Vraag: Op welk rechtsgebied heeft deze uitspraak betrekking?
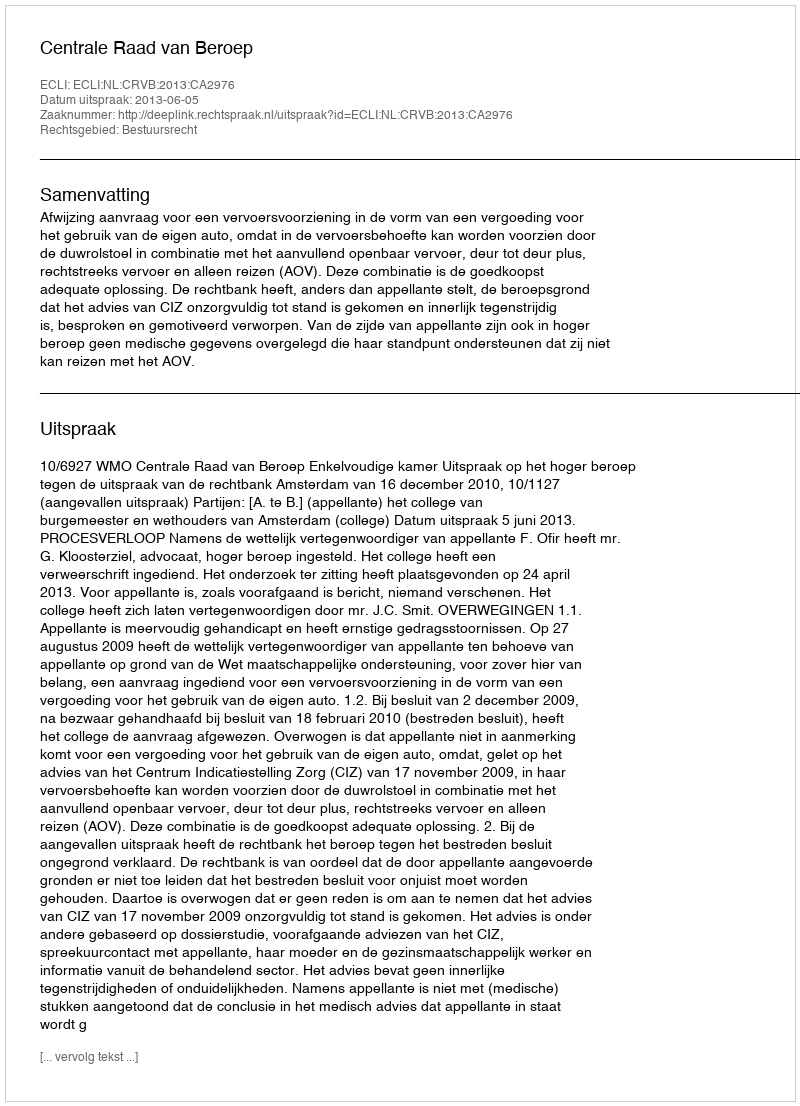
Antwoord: Bestuursrecht